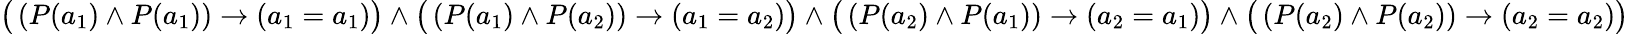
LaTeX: {\big(}\left(P(a_{1})\wedge P(a_{1})\right)\rightarrow(a_{1}=a_{1}){\big)}\wedge{\big(}\left(P(a_{1})\wedge P(a_{2})\right)\rightarrow(a_{1}=a_{2}){\big)}\wedge{\big(}\left(P(a_{2})\wedge P(a_{1})\right)\rightarrow(a_{2}=a_{1}){\big)}\wedge{\big(}\left(P(a_{2})\wedge P(a_{2})\right)\rightarrow(a_{2}=a_{2}){\big)}